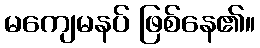
မကျေမနပ် ဖြစ်နေ၏။